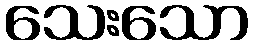
သေးသော